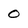
Character: 0